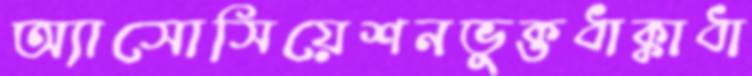
অ্যাসোসিয়েশনভুক্তধাক্কাধা